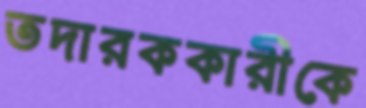
তদারককারীকে